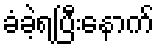
ခံခဲ့ရပြီးနောက်